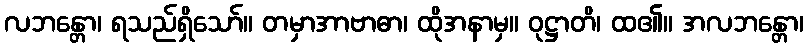
လဘန္တော၊ ရသည်ရှိသော်။ တမှာအာဗာဓာ၊ ထိုအနာမှ။ ဝုဋ္ဌာတိ၊ ထ၏။ အလဘန္တော၊